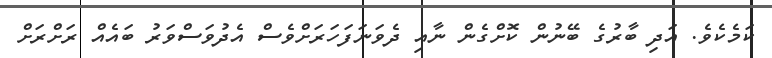
ކަމެކެވެ. އަދި ބާރުގެ ބޭނުން ކޮށްގެން ނާއި ދެވަނަފަހަރަށްވެސް އެދުވަސްވަރު ބައެއް ރަށްރަށް